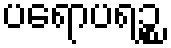
ပရောပရဉ္စ